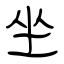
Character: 坐